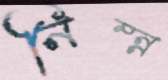
নিম্ন্ন